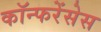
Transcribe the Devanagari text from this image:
कॉन्फरेंसेस